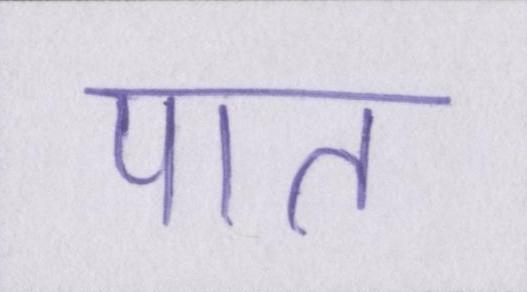
पात